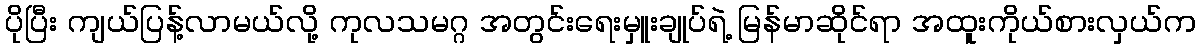
ပိုပြီး ကျယ်ပြန့်လာမယ်လို့ ကုလသမဂ္ဂ အတွင်းရေးမှူးချုပ်ရဲ့ မြန်မာဆိုင်ရာ အထူးကိုယ်စားလှယ်က